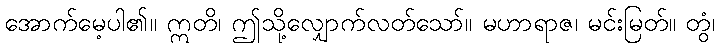
အောက်မေ့ပါ၏။ ဣတိ၊ ဤသို့လျှောက်လတ်သော်။ မဟာရာဇ၊ မင်းမြတ်။ တွံ၊